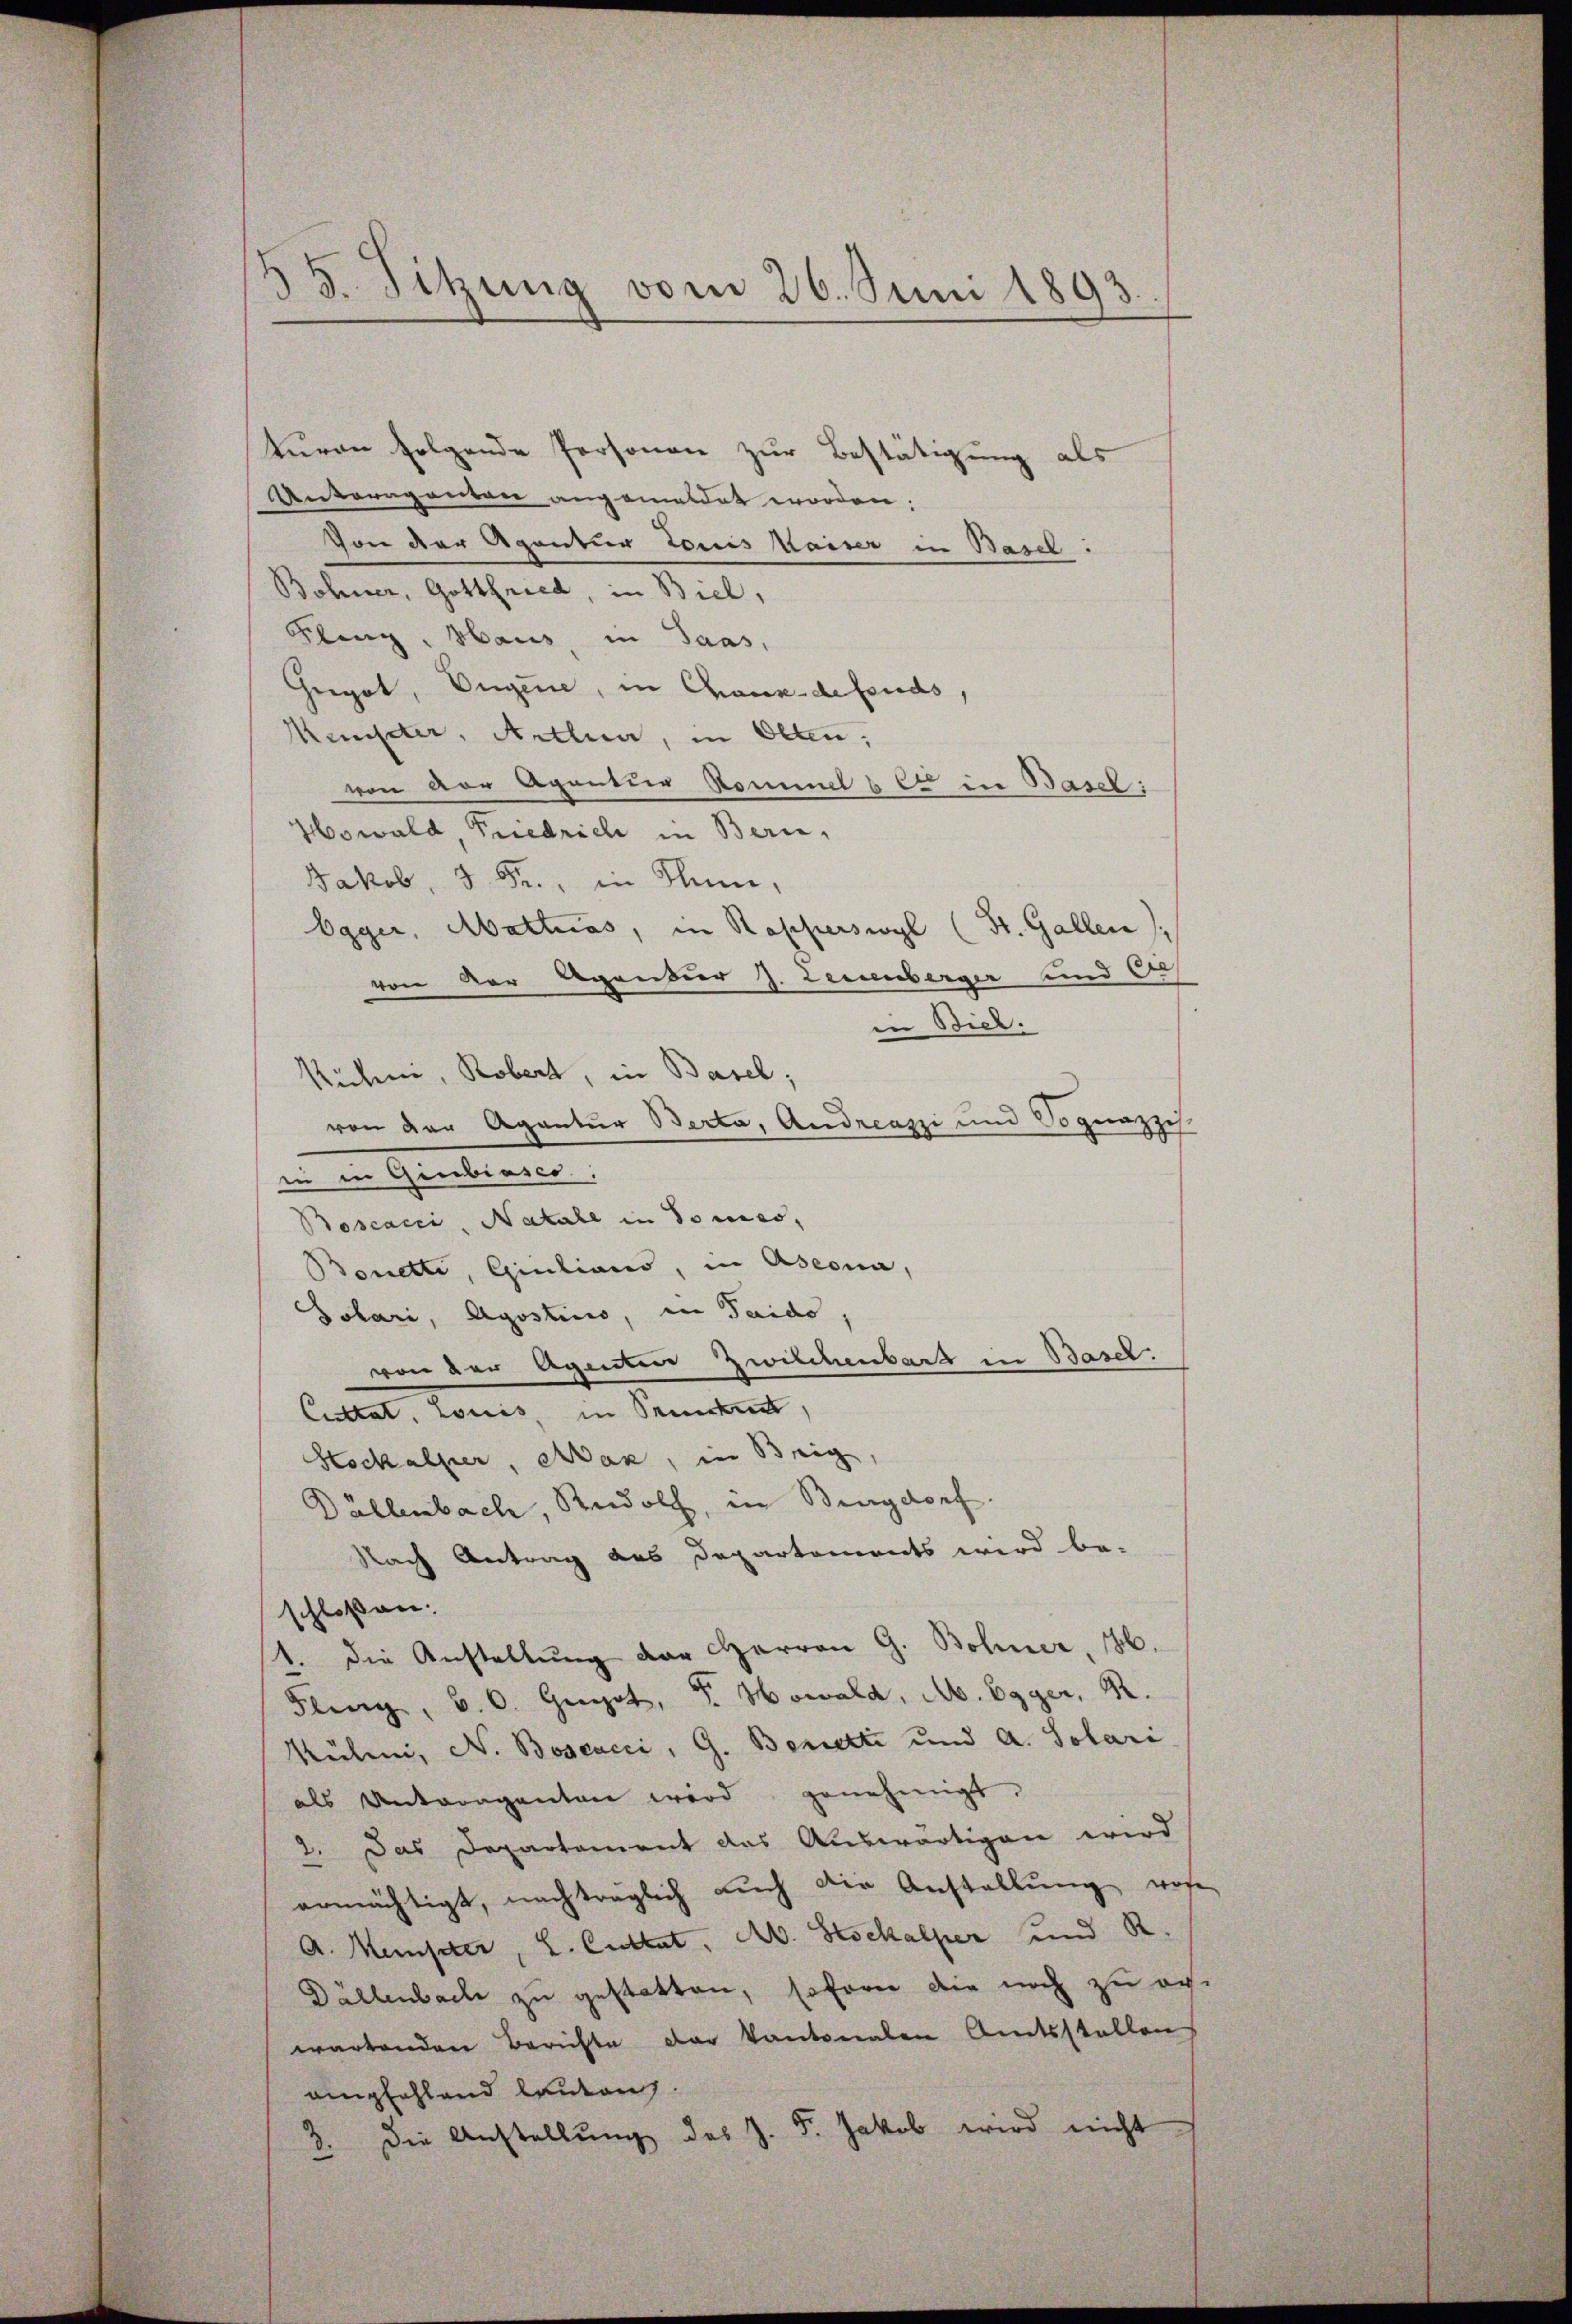
dd. Sitzung vom 26. Juni 1893.

turen folgende Personen zur Bestätigung als
Unteraganten angemeldet worden;
Von der Agentur Louis Kaiser in Basel.
Bohner, Gottfried, in Biel,
Klenz, Haus in Saas,
Gregat, Eigene, in Chaux-defonds,
Kemster, Arthur, in Olten;
von der Agantier Kommel u es in Basel;
Howald, Friedrich in Bern,
Jakob, 3 Fr., in Sinn,
Egger, Mattias, in Rasperswyl (St. Gallen
von der Agandier J. Leuenberger und Ce
in Biel.
Rühme, Robert, in Basel;
von der Agantur Berta, Andreazzi und Voguazz
zuf
in in Giubiases:
Boscacci, Natale in Tones,
Bonetti, Giulians, in Aseona,
Sohari, Agostius, in Taido
von der Agenten Zwilchenbart in Basel.
Citat. Louis, in Seiten,
Stockalper, Mak, in Beig
Dällenbach, Rudolph, in Bingdorf.
Nach Antrag des Departements wird be-
schloßen:
(1. die Anstellŭng der Harron G. Bohner, 146.
Fling, a. O. Geot, S. Howald, A. Egger, R.
Mülini, N. Boscacci, G. Benutti und A. Solari
als Antragenten wird genehmigt.
2. Das Departament das Auswärtigen wird
ermächtigt, nachträglich auch die Anstallŭng, wose
A. Meister, L. Cultat, A. Stockalper und R
Dällenbach zu gestatten, soforn die noch zu agi
wartenden Berichte der kantonalen Amtsstellen
empfehlend lauten.
3. Die Anstellŭng des J. F. Jakob wird nicht